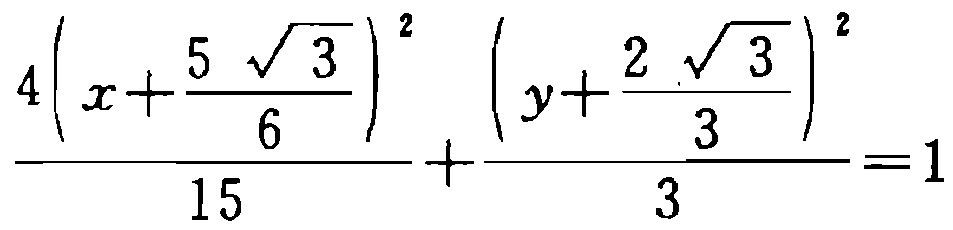
\(\frac{4\left(x + \frac{5\sqrt{3}}{6}\right)^2}{15} + \frac{\left(y + \frac{2\sqrt{3}}{3}\right)^2}{3} = 1\)